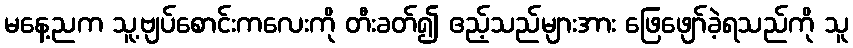
မနေ့ညက သူ့ဗျပ်စောင်းကလေးကို တီးခတ်၍ ဧည့်သည်များအား ဖြေဖျော်ခဲ့ရသည်ကို သူ